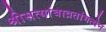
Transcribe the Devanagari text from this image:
श्रीसत्यांबाव्रतांगत्वेन